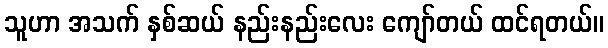
သူဟာ အသက် နှစ်ဆယ် နည်းနည်းလေး ကျော်တယ် ထင်ရတယ်။